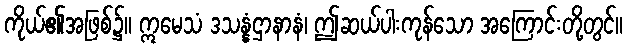
ကိုယ်၏အဖြစ်၌။ ဣမေသံ ဒသန္နံဌာနာနံ၊ ဤဆယ်ပါးကုန်သော အကြောင်းတို့တွင်။